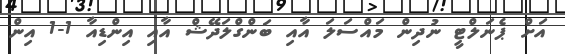
އަށް ޕެނަލްޓީ ނުދިން މައްސަލަ އާއި ބަންގްލަދޭޝް އާއި އިންޑިއާ 1-1 އިން